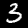
Label: 3